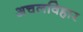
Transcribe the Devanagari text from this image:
अचलविहार